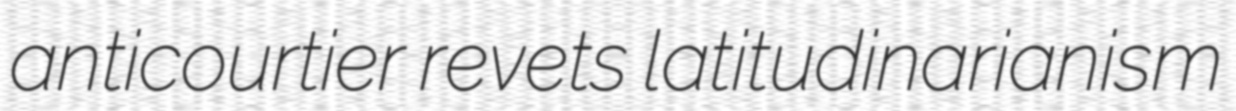
anticourtier revets latitudinarianism